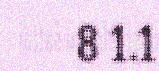
8 1.1